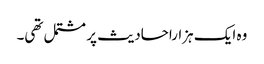
وہ ایک ہزاراحادیث پر مشتمل تھی۔